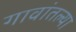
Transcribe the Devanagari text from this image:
गावांतल्या